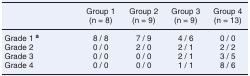
|  | Group 1 (n = 8) | Group 2 (n = 9) | Group 3 (n = 9) | Group 4 (n = 13) |
 | --- | --- | --- | --- | --- |
 | Grade 1 a | 8 / 8 | 7 / 9 | 4 / 6 | 0 / 0 |
 | Grade 2 | 0 / 0 | 2 / 0 | 2 / 1 | 2 / 2 |
 | Grade 3 | 0 / 0 | 0 / 0 | 2 / 1 | 3 / 5 |
 | Grade 4 | 0 / 0 | 0 / 0 | 1 / 1 | 8 / 6 |